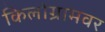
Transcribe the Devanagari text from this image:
किलोग्रामवर